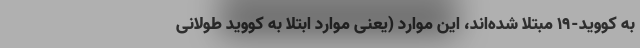
به کووید-۱۹ مبتلا شده‌اند، این موارد (یعنی موارد ابتلا به کووید طولانی